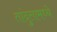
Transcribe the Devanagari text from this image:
तांदुलामध्ये